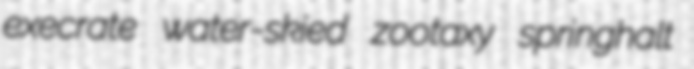
execrate water-skied zootaxy springhalt